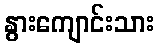
နွားကျောင်းသား